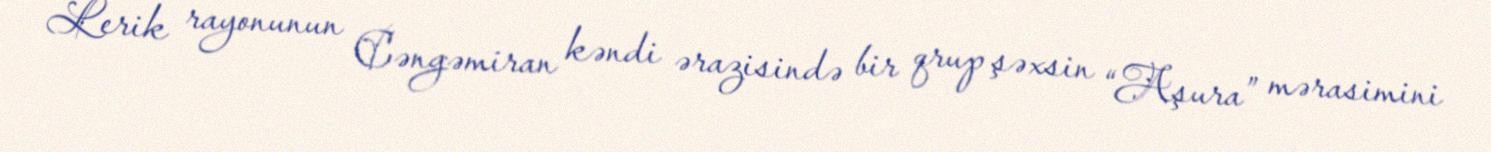
Lerik rayonunun Cəngəmiran kəndi ərazisində bir qrup şəxsin “Aşura” mərasimini